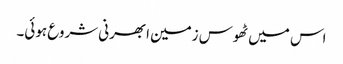
اس میں ٹھوس زمین ابھرنی شروع ہوئی۔